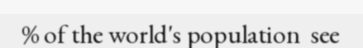
% of the world's population  see